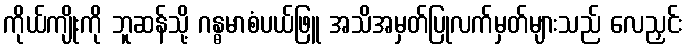
ကိုယ်ကျိုးကို ဘူဆန်သို့ ဂန္ဓမာစံပယ်ဖြူ အသိအမှတ်ပြုလက်မှတ်များသည် လေညှင်း